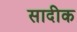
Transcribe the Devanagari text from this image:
सादीक